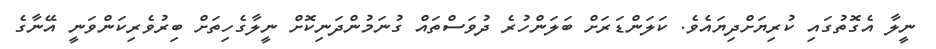
ނީލާ އެގޮތުގައި ކުރިޔަށްދިޔައެވެ. ކަލަންޑަރަށް ބަލަންހުރެ ދުވަސްތައް ގުނަމުންދަނިކޮށް ނީލާގެހިތަށް ބިރުވެރިކަންވަނީ އޭނާގެ